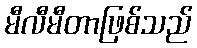
မီလီမီတာဖြစ်သည်